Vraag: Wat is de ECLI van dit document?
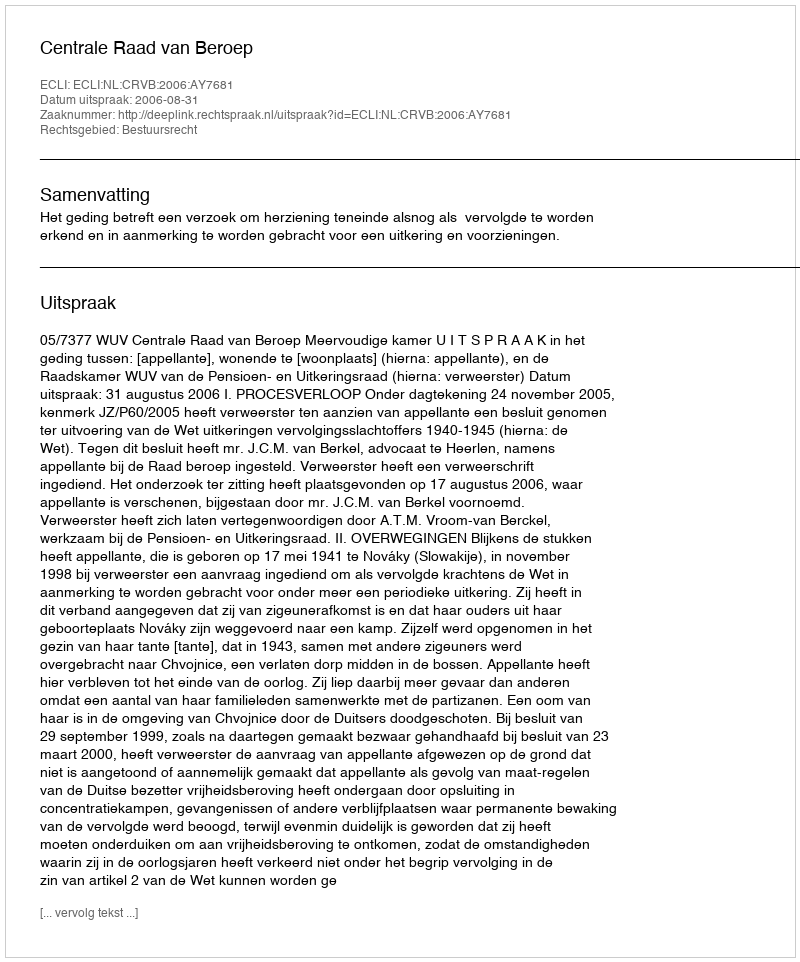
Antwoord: ECLI:NL:CRVB:2006:AY7681